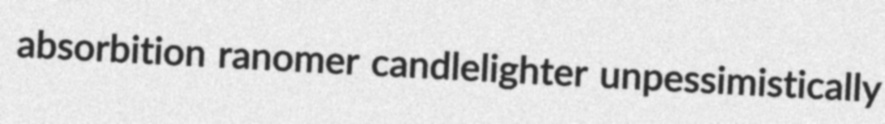
absorbition ranomer candlelighter unpessimistically